Vaccination United Provinces of Agra and Oudh 1902-1913 - 1902-1913
Year: 1902
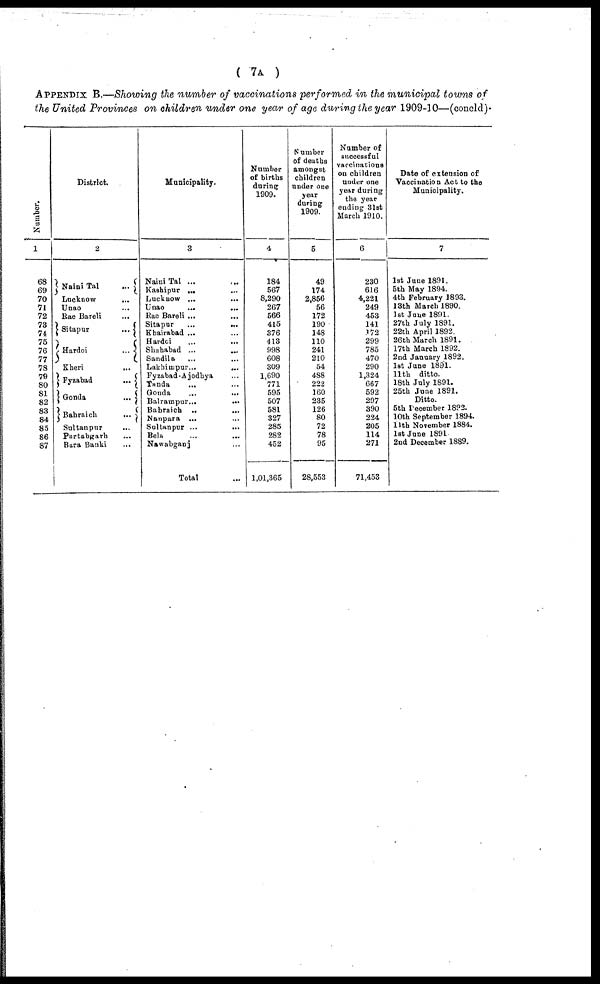
( 7A )
APPENDIX B.—Showing the number of vaccinations performed in the municipal towns of
the United Provinces on children under one year of age during the year 1909-10—(concld).
Number.
1
68
69
70
71
72
73
74
75
76
77
78
79
80
81
82
83
84
85
86
87
District.
2
Naini Tal
...
Lucknow
...
Unao ...
Rae Bareli ...
Sitapur
...
Hardoi
...
Kheri ...
Fyzabad
...
Gonda
...
Bahraich
...
Sultanpur ...
Partabgarh ...
Bara Banki ...
Municipality.
3
Naini Tal ... ...
Kashipur ... ...
Lucknow ... ...
Unao
...
...
Rae Bareli ... ...
Sitapur ... ...
Khairabad ... ...
Hardoi ... ...
Shahabad ... ...
Sandila ... ...
Lakhimpur
...
...
Fyzabad-Ajodhya ...
Tanda ... ...
Gonda
...
...
Balrampur ... ...
Bahraich ... ...
Nanpara ... ...
Sultanpur ... ...
Bela ... ...
Nawabganj ... ...
Total ...
Number
of births
during
1909.
4
184
567
8,290
267
566
415
376
413
998
608
309
1,690
771
595
507
581
327
285
282
452
1,01,365
Number
of deaths
amongst
children
under one
year
during
1909.
5
49
174
2,856
56
172
190
148
110
241
210
54
488
222
160
235
126
80
72
78
95
28,553
Number of
successful
vaccinations
on children
under one
year during
the year
ending 31st
March 1910.
6
230
616
4,221
249
453
141
172
299
785
470
290
1,324
667
592
297
390
224
205
114
271
71,453
Date of extension of
Vaccination Act to the
Municipality.
7
1st June 1891.
5th May 1894.
4th February 1893.
13th March 1890.
1st June 1891.
27th July 1891.
22th April 1892.
26th March 1891.
17th March 1892.
2nd January 1892.
1st June 1891.
11th ditto.
18th July 1891.
25th June 1891.
Ditto.
5th December 1892.
10th September 1894.
11th November 1884.
1st June 1891
2nd December 1889.